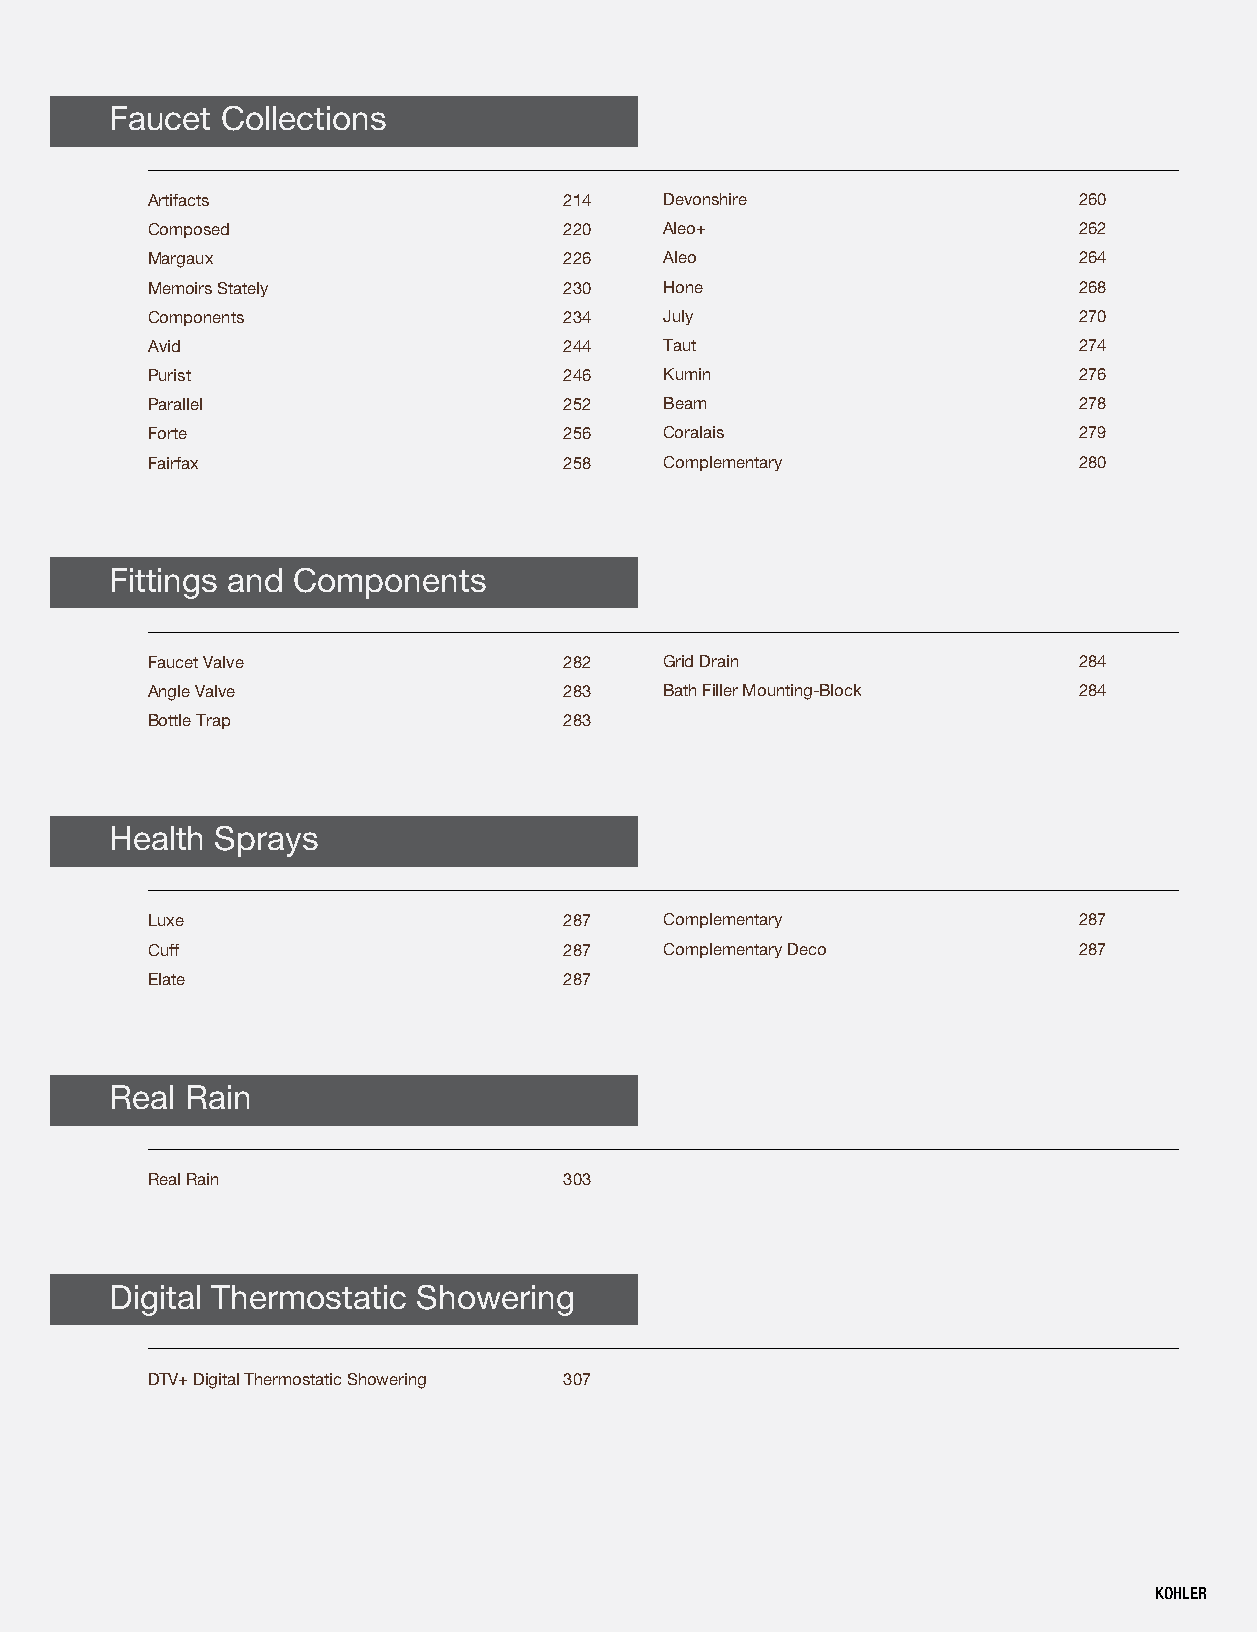
Faucet  Collections
 Artifacts                  214    Devonshire                 260
 Composed                   220    Aleo+                      262
 Margaux                    226    Aleo                       264
 Memoirs Stately            230    Hone                       268
 Components                 234    July                       270
 Avid                       244    Taut                       274
 Purist                     246    Kumin                      276
 Parallel                   252    Beam                       278
 Forte                      256    Coralais                   279
 Fairfax                    258    Complementary              280
 Fittings and Components
 Faucet Valve               282    Grid Drain                 284
 Angle Valve                283    Bath Filler Mounting-Block 284
 Bottle Trap                283
 Health Sprays
 Luxe                       287    Complementary              287
 Cuff                       287    Complementary Deco         287
 Elate                      287
 Real Rain
 Real Rain                  303
 Digital Thermostatic Showering
 DTV+ Digital Thermostatic Showering 307
 KOHLER